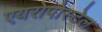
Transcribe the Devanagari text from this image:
एयरोपोस्टेल